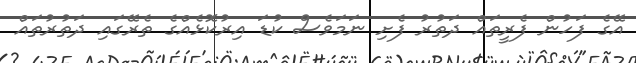
އޭގެ ފަހުން ފެރީތައް ދަތުރު ފެށި ނަމަވެސް ކުޑަ އިރުކޮޅެއްގެ ތެރޭގައި ދަތުރުތައް